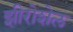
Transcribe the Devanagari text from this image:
झीरोशेल